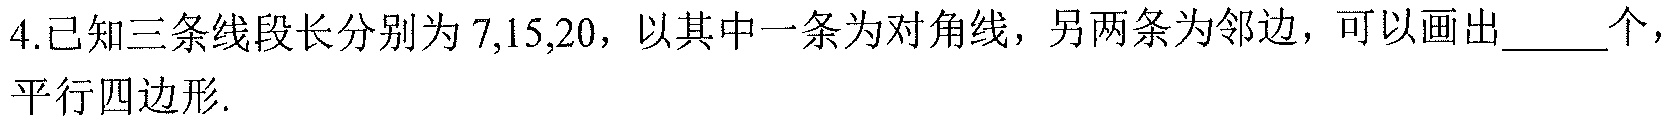
4.已知三条线段长分别为\(7,15,20\)，以其中一条为对角线，另两条为邻边，可以画出______个平行四边形.